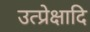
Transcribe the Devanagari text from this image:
उत्प्रेक्षादि